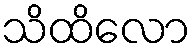
သိထိလော